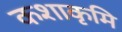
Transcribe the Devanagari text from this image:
कशाकृमि